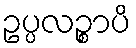
ဥပ္ပလဉ္စာပိ